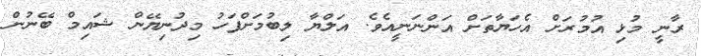
ރާނީ މުޅި އުމުރަށް އެހަޔާތަށް އަންނަނީއެވެ. އަލްޔާ ލިބުމަށްފަހު މިދުނިޔޭން ޝައިމް ބޭނުން